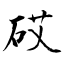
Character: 砹